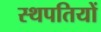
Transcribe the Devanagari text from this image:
स्थपतियों